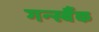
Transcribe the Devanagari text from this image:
गर्न्स्बैक